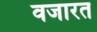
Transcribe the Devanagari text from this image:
वजारत